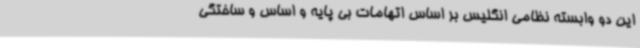
این دو وابسته نظامی انگلیس بر اساس اتهامات بی پایه و اساس و ساختگی